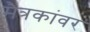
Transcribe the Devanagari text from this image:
मैत्रकांवर